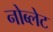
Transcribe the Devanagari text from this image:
नोब्लेट